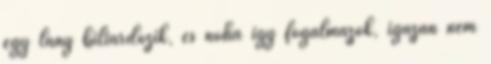
egy lány biliárdozik, és noha így fogalmazok, igazán nem